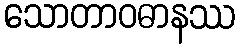
သောတာဝဓာနဿ